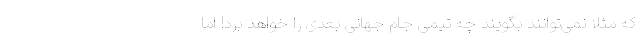
که مثلا نمی‌توانند بگویند چه تیمی جام جهانی بعدی را خواهد برد! اما